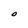
Character: O